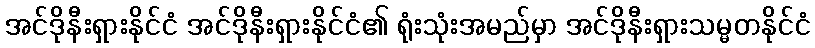
အင်ဒိုနီးရှားနိုင်ငံ အင်ဒိုနီးရှားနိုင်ငံ၏ ရုံးသုံးအမည်မှာ အင်ဒိုနီးရှားသမ္မတနိုင်ငံ